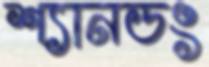
শ্যানডং